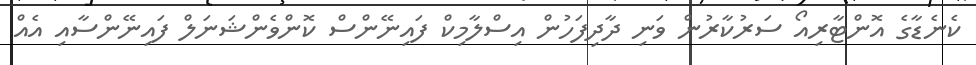
ކެނެޑާގެ އޮންޓާރިއޯ ސަރުކާރުން ވަނި ދާދިފަހުން އިސްލާމިކް ފައިނޭންސް ކޮންވެންޝަނަލް ފައިނޭންސާއި އެއް